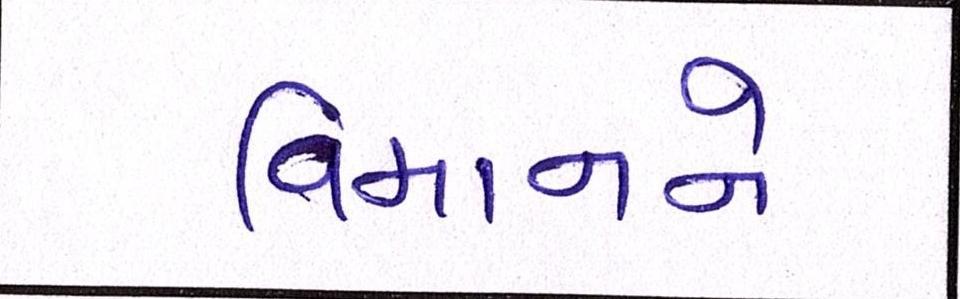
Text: વિમાનને